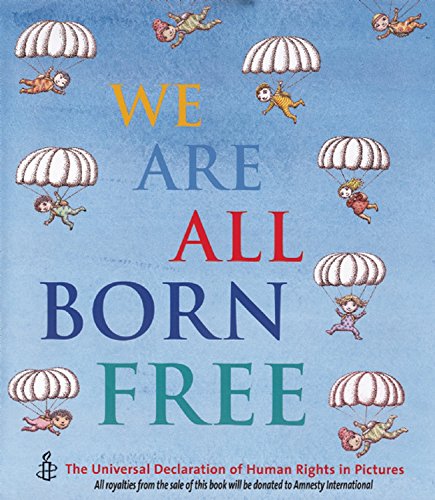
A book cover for We Are All Born Free: The Universal Declaration of Human Rights in Pictures; Amnesty International; Children's Books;